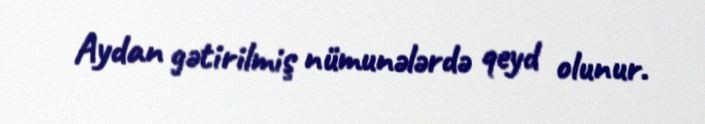
Aydan gətirilmiş nümunələrdə qeyd olunur.